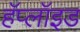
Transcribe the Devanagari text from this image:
हॅप्लॉइड